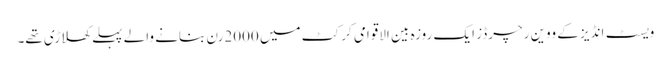
ویسٹ انڈیز کے ووین رچرڈز ایک روزہ بین الاقوامی کرکٹ میں 2000رن بنانے والے پہلے کھلاڑی تھے۔